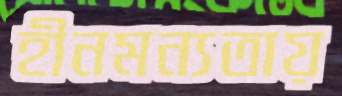
হীনমন্যতায়